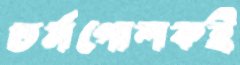
চর্মগোলকই